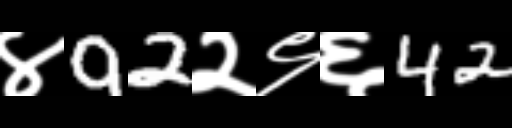
Text: ४92२९६42